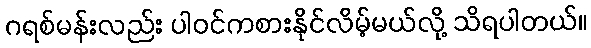
ဂရစ်မန်းလည်း ပါဝင်ကစားနိုင်လိမ့်မယ်လို့ သိရပါတယ်။